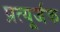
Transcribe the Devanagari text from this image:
प्रत्यूर्जक